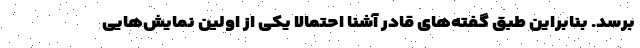
برسد. بنابراین طبق گفته‌های قادر آشنا احتمالاً یکی از اولین نمایش‌هایی